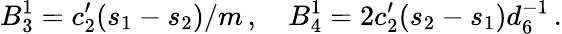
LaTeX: B_{3}^{1}=c_{2}^{\prime}(s_{1}-s_{2})/m\, ,\quad B_{4}^{1}=2c_{2}^{\prime}(s_{2}-s_{1})d_{6}^{-1}\, .